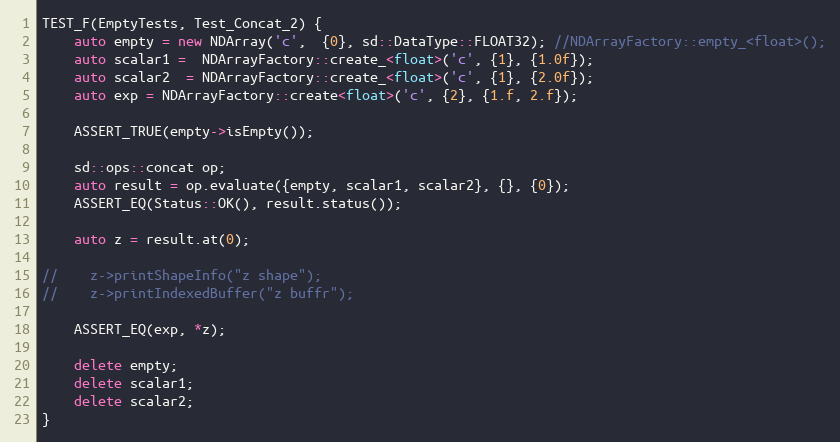
Language: C++
TEST_F(EmptyTests, Test_Concat_2) {
    auto empty = new NDArray('c',  {0}, sd::DataType::FLOAT32); //NDArrayFactory::empty_<float>();
    auto scalar1 =  NDArrayFactory::create_<float>('c', {1}, {1.0f});
    auto scalar2  = NDArrayFactory::create_<float>('c', {1}, {2.0f});
    auto exp = NDArrayFactory::create<float>('c', {2}, {1.f, 2.f});

    ASSERT_TRUE(empty->isEmpty());

    sd::ops::concat op;
    auto result = op.evaluate({empty, scalar1, scalar2}, {}, {0});
    ASSERT_EQ(Status::OK(), result.status());

    auto z = result.at(0);

//    z->printShapeInfo("z shape");
//    z->printIndexedBuffer("z buffr");

    ASSERT_EQ(exp, *z);

    delete empty;
    delete scalar1;
    delete scalar2;
}